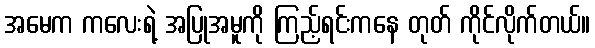
အမေက ကလေးရဲ့ အပြုအမူကို ကြည့်ရင်းကနေ တုတ် ကိုင်လိုက်တယ်။